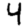
Digit: 4